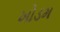
ખોડમ